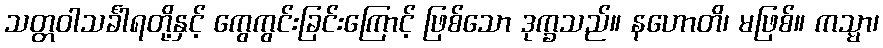
သတ္တဝါသင်္ခါရတို့နှင့် ကွေကွင်းခြင်းကြောင့် ဖြစ်သော ဒုက္ခသည်။ နဟောတိ၊ မဖြစ်။ ကသ္မာ၊